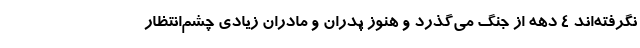
نگرفته‌اند ۴ دهه از جنگ می‌گذرد و هنوز پدران و مادران زیادی چشم‌انتظار